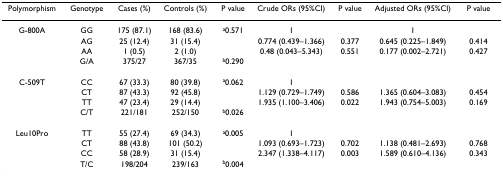
<table><thead><tr><td><b>Polymorphism</b></td><td><b>Genotype</b></td><td><b>Cases (%)</b></td><td><b>Controls (%)</b></td><td><b>P value</b></td><td><b>Crude ORs (95%CI)</b></td><td><b>P value</b></td><td><b>Adjusted ORs (95%CI)</b></td><td><b>P value</b></td></tr></thead><tbody><tr><td>G-800A</td><td>GG</td><td>175 (87.1)</td><td>168 (83.6)</td><td><sup>a</sup>0.571</td><td>1</td><td></td><td>1</td><td></td></tr><tr><td></td><td>AG</td><td>25 (12.4)</td><td>31 (15.4)</td><td></td><td>0.774 (0.439–1.366)</td><td>0.377</td><td>0.645 (0.225–1.849)</td><td>0.414</td></tr><tr><td></td><td>AA</td><td>1 (0.5)</td><td>2 (1.0)</td><td></td><td>0.48 (0.043–5.343)</td><td>0.551</td><td>0.177 (0.002–2.721)</td><td>0.427</td></tr><tr><td></td><td>G/A</td><td>375/27</td><td>367/35</td><td><sup>b</sup>0.290</td><td></td><td></td><td></td><td></td></tr><tr><td>C-509T</td><td>CC</td><td>67 (33.3)</td><td>80 (39.8)</td><td><sup>a</sup>0.062</td><td>1</td><td></td><td></td><td></td></tr><tr><td></td><td>CT</td><td>87 (43.3)</td><td>92 (45.8)</td><td></td><td>1.129 (0.729–1.749)</td><td>0.586</td><td>1.365 (0.604–3.083)</td><td>0.454</td></tr><tr><td></td><td>TT</td><td>47 (23.4)</td><td>29 (14.4)</td><td></td><td>1.935 (1.100–3.406)</td><td>0.022</td><td>1.943 (0.754–5.003)</td><td>0.169</td></tr><tr><td></td><td>C/T</td><td>221/181</td><td>252/150</td><td><sup>b</sup>0.026</td><td></td><td></td><td></td><td></td></tr><tr><td>Leu10Pro</td><td>TT</td><td>55 (27.4)</td><td>69 (34.3)</td><td><sup>a</sup>0.005</td><td>1</td><td></td><td></td><td></td></tr><tr><td></td><td>CT</td><td>88 (43.8)</td><td>101 (50.2)</td><td></td><td>1.093 (0.693–1.723)</td><td>0.702</td><td>1.138 (0.481–2.693)</td><td>0.768</td></tr><tr><td></td><td>CC</td><td>58 (28.9)</td><td>31 (15.4)</td><td></td><td>2.347 (1.338–4.117)</td><td>0.003</td><td>1.589 (0.610–4.136)</td><td>0.343</td></tr><tr><td></td><td>T/C</td><td>198/204</td><td>239/163</td><td><sup>b</sup>0.004</td><td></td><td></td><td></td><td></td></tr></tbody></table>